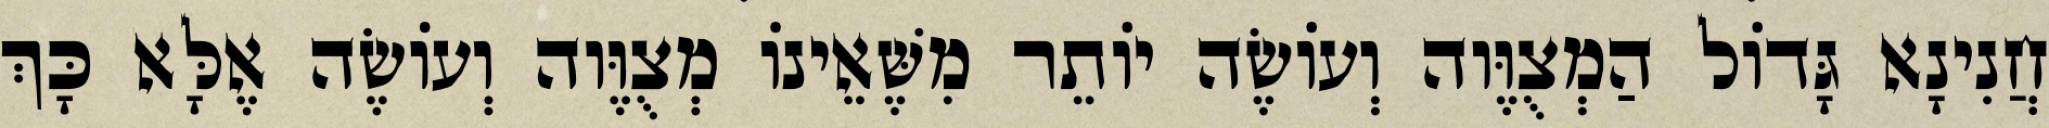
חֲנִינָא גָּדוֹל הַמְצֻוֶּוה וְעוֹשֶׂה יוֹתֵר מִשֶּׁאֵינוֹ מְצֻוֶּוה וְעוֹשֶׂה אֶלָּא כָּךְ